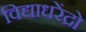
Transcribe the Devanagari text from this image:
विद्याधरेंद्रो